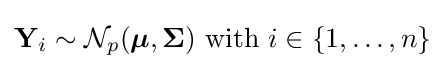
\mathbf {Y} _{i}\sim {\mathcal {N}}_{p}({\boldsymbol {\mu }},{\boldsymbol {\Sigma }}){\text{ with }}i\in \{1,\ldots ,n\}